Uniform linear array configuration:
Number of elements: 64
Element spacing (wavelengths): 0.25
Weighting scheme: kaiser
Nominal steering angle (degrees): -30
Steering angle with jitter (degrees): -31.389
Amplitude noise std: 0.05
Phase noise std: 0.05

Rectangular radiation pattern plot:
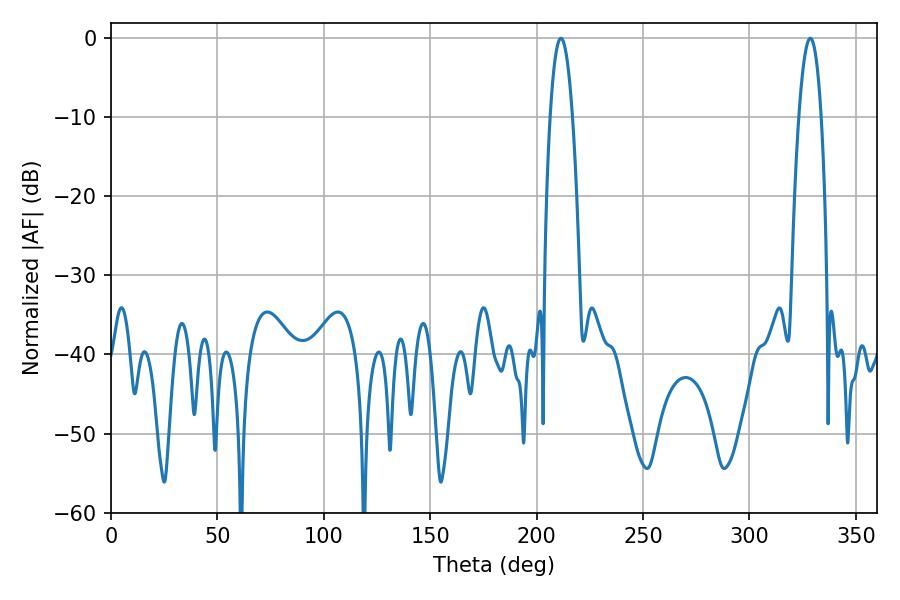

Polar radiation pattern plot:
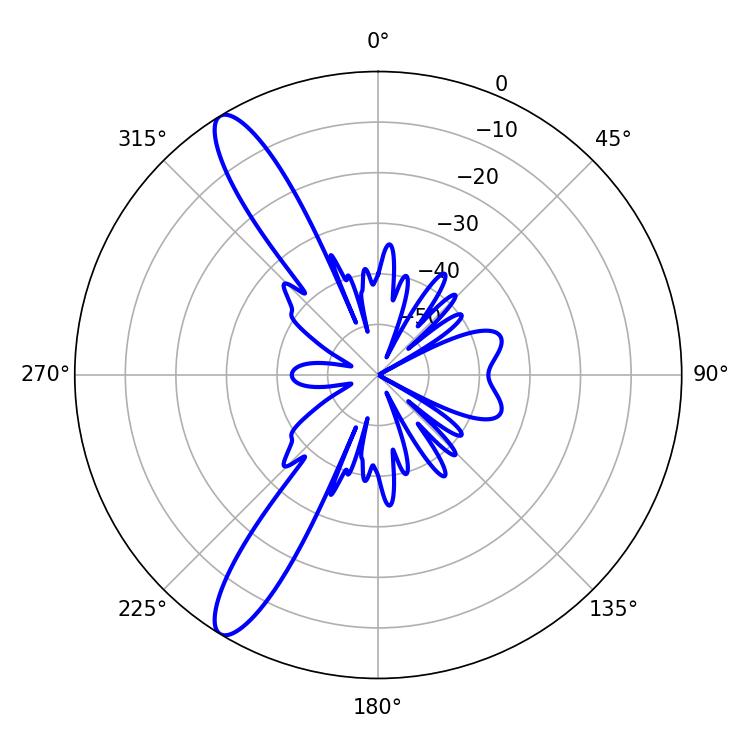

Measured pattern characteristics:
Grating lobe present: FALSE
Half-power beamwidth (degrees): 5.76
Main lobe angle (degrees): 211.32